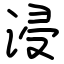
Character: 浸